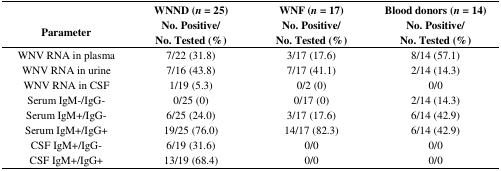
|  | WNND (n = 25) | WNF (n = 17) | Blood donors (n = 14) |
 | Parameter | No. Positive/No. Tested (%) | No. Positive/No. Tested (%) | No. Positive/No. Tested (%) |
 | --- | --- | --- | --- |
 | WNV RNA in plasma | 7/22 (31.8) | 3/17 (17.6) | 8/14 (57.1) |
 | WNV RNA in urine | 7/16 (43.8) | 7/17 (41.1) | 2/14 (14.3) |
 | WNV RNA in CSF | 1/19 (5.3) | 0/2 (0) | 0/0 |
 | Serum IgM-/IgG- | 0/25 (0) | 0/17 (0) | 2/14 (14.3) |
 | Serum IgM+/IgG- | 6/25 (24.0) | 3/17 (17.6) | 6/14 (42.9) |
 | Serum IgM+/IgG+ | 19/25 (76.0) | 14/17 (82.3) | 6/14 (42.9) |
 | CSF IgM+/IgG- | 6/19 (31.6) | 0/0 | 0/0 |
 | CSF IgM+/IgG+ | 13/19 (68.4) | 0/0 | 0/0 |